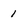
Character: 1